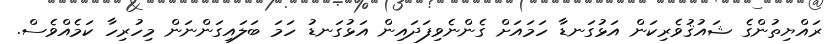
ރައްޔިތުންގެ ޝައުޤުވެރިކަން އަޅުގަނޑާ ހަމައަށް ގެންނެވިފަދައިން އަޅުގަނޑު ހަމަ ބަލައިގަންނަން މިހުރިހާ ކަމެއްވެސް.